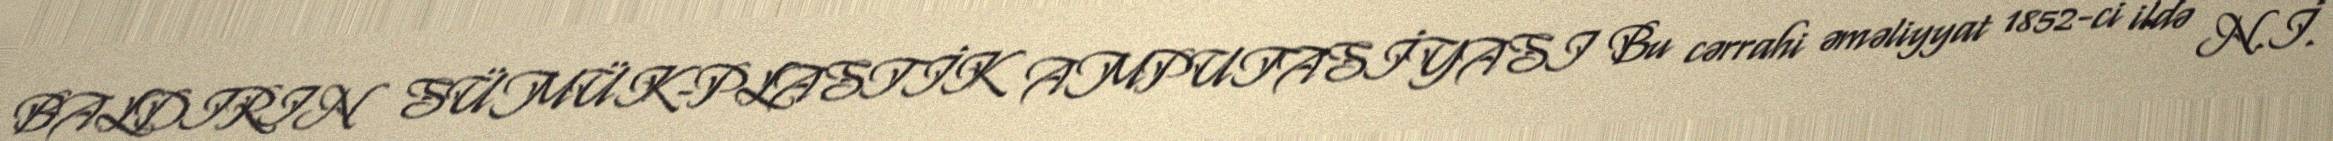
BALDIRIN SÜMÜK-PLASTİK AMPUTASİYASI Bu cərrahi əməliyyat 1852-ci ildə N.İ.